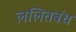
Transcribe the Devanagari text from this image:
ललितबंध